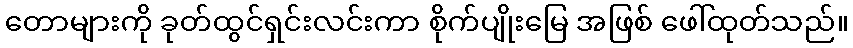
တောများကို ခုတ်ထွင်ရှင်းလင်းကာ စိုက်ပျိုးမြေ အဖြစ် ဖေါ်ထုတ်သည်။